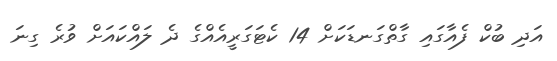
އަދި ބުކް ފެއާގައި ގާތްގަނޑަކަށް 14 ކެޓަގަރީއެއްގެ ދެ ލައްކައަށް ވުރެ ގިނަ